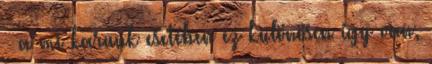
– a mi karunk esetében ez különösen így van,